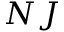
N J